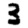
Digit: 3